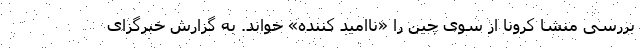
بررسی منشا کرونا از سوی چین را «ناامید کننده» خواند. به گزارش خبرگزای